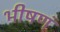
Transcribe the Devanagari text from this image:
भीषणं